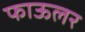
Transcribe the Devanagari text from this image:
फाऊलर